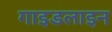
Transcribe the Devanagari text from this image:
गाइडलाइन